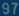
97